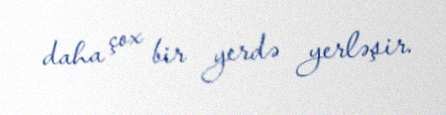
daha çox bir yerdə yerləşir.